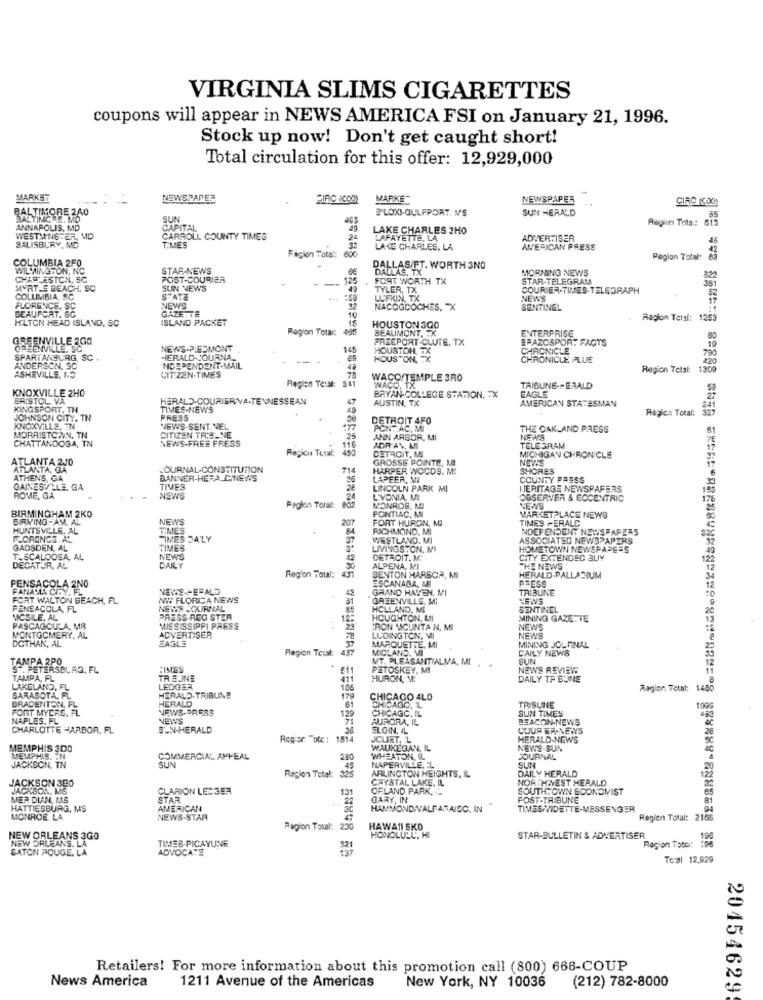
VIRGINIA SLIMS CIGARETTES
coupons will appear in NEWS AMERICA FSI on January 21, 1996.
Stock up now! Don't get caught short!
Total circulation for this offer: 12,929,000
MARKET
EWSPARE
BIRC ICCO)
MARKI
NEWSPAPER
CIRC (CDO)
BALTIMORE 240
BILOXI-GULFPORT. M'S
SUN HERALD
SALTINGRE. MO
SUN
Region Tota: 615
ANNAPOLIS, MD
CAPITAL
LAKE CHARLES 3HO
WESTWING .EL
SALISBURY MD
CARROLL COUNTY TIMES
LAFAY
LAFAYETTE, LA
ADVERTISER
TIMES
LAKE CHARLES, LA
AMERICAN PRESS
COLUMBIA 2FO
Fegion Tots
Region Total: 85
WILMINGTON, NC
STAR-NEWS
DALLAS/FT. WORTH 3NO
DALLAS, TX
MORNING NEWS
CHARLESTON, SC
POST-COURIER
FORT WORTH TX
STAR-TELEGRAM
822
MYRTLE BEACH, SO
SUN NEWS
TYLER, TX
COURIER-TIMES-TELEGRAPH
COLUMBIA SC
STATE
LUFKIN, TX
NEWS
BEAUFORT. SC
FLORENCE, SC
CE. SC
GAZETTE
NEWS
NACOGDOCHES, "X
SENTINEL
HILTON HEAD ISLAND, SC
ISLAND PACKET
Region Teral: 1253
Ragion Total:
HOUSTON 300
BEAUMONT, TX
ENTERPRISE
GREENVILLE 2GO
FREEPORT-CLUTE, TX
EPAZOSPORT FACTS
GREENVILLE, SO
NEWS-PIEDMONT
145
HOUSTON, TX
CHRONICLE
790
SPARTANBURG, SC .
HERALD-JOURNA.
-
HOUSTON, TX
CHRONICLE PLUE
420
ANDERSON, SC
ASHEVILLE, NO
INDEPENDENT-MAIL
Region Total:
1200
CITIZEN-TIMES
Reglen TetMt:
WACO/TEMPLE 3RO
KNOXVILLE 2H0
WACO, TX
TRIBUNE -- EAALD
EAGLE
BRISTOL VA
HERALD-COURIERNA.TENNESSEAN
BRYAN-COLLEGE STATION. TX
AUSTIN, TX
AMERICAN STATESMAN
KINGSPORT, TH
TIMES-NEWS
Regich Total: 327
JOHNSON CITY. TN
PRESS
DETROIT 4FO
KNOXVILLE, TN
NEWS SENT NEL
PONTAC. MI
THE OAKLAND PRESS
MORRISTOWN, TN
CHATTANDOSA, TN
CITIZEN TRE-NE
NEWS-FREE FRESS
ANN ARBOR, MI
NEWS
DETACIT, MI
ADR'AN, MI
TELEGRAM
ATLANTA 200
Regicu Teral:
GROSSE POINTE, NO
MICHIGAN CHRONICLE
NEWS
ATLANTA, GA
JOURNAL-CONSTITUTION
714
HARPER WOCDS. M.
SHORES
ATHENS GA
BANNER-HERA.C.NEWS
LAPEER, MI
COUNTY PRESS
GAINESVILE, GA
TIVES
LINCOLN PARK MI
HERITAGE NEWSPAPERS
ROME, GA
NEWS
L'VONIA, MI
OBSERVER & ECCENTRIC
BIRMINGHAM 2KO
Paglon Torat:
MONROE, MI
PONTIAC, MI
NEWS
BIRMINGHAM. AL
NEWS
FORT HURON, MI
TIMES PERALC
MARKETPLACE NEWS
HUNTSVILLE, AL
TIMES
RICHMOND, MI
NDEFENDENT NEWSPAPERS
F.CRONOS. AL
TIMES DALY
WESTLAND. MI
ASSOCIATED NEWSPAPERS
GADSDEN, AL
TIMES
LIVINGSTON, MI
HOMETOWN NEWSPAPERS
T. SCALOOSA, AL
NEWS
DETROIT. M.
CITY EXTENDED BUY
DECATUR. AL
DAILY
ALPENA, MI
THE NEWS
PENSACOLA 2NO
Region Total:
BENTON HARBOR, MI
ESCANADA, MI
HERALD-PALLADIUM
PRESS
PANAMA CITY,
GRAND HAVEN. MI
TRIBUNE
FORT WALTON BEACH, FL
NW FLORICA NEWS
GREENVILLE, MI
NEWS
PENSACOLA, FL
NEISS JOURNAL
HOLLAND, ME
SENTINEL
MICSILE, AL
PRESS REG STER
HOUGHTON, MIL
MINING GAZE. TE
PASCAGOULA, MS
MISSISSIPPI PRESS
IRON MICUNTA N, MI
NEWS
DOTHAN, AL
MONTGOMERY. AL
EAGLE
ADVERTISER
LUDINGTON, MI
NEWS
437
MARQUETTE. MI
MIDLAND, VI
MINING JOURNAL
DAILY NEWS
TAMPA 2PO
Region Tet:
MT. PLEASANT/ALMA, MI
SUN
ST. PETERSBURG. FL.
FIMES
PETOSKEY. MI
NEWS REVIEWS
TAMPA, FL
TR.BUINE
HURON, M.
DAILY TF BUINE
LAKELAND, FL
LEDGER
106
Ragion. Total: 148
SARASOTA, FL
BRADENTON, FL
HERALD
HERALD TRIBUNE
179
CHICAGO 4LO
TRISUNE
FORT MYDRE, FL
NEWS-PRESS
139
CHICAGO, 1
CHICAGO, IL
SUN TIMES
NAPLES. FL
NEWS
AURORA, IL
BEACON-NEWS
CHARLOTTE HARBOR, FL
SUN-HERALD
ELGIN, IL
COUR ER-NEWS
Regler "ofc : 1514
JCURT, L
HERALD-NEWS
MEMPHIS 3D0
WAUKEGAN, IL
NEWS-SUN
MEMPHIS. EN
JACKSON, TN
COMMERCIAL APPEAL
SUM
280
WHEATON, IL
JOURNAL
NAPERVILLE. EL
ARLINGTON HEIGHTS, IL
DAILY HERALD
SUN
JACKSON 3E0
Ragion Total:
325
CRYSTAL LAKE. IL
NORTHWEST HERALD
JACKSON, MS
CLARION LESSER
OFLAND PARK,
SOUTH:OWN ECONOMIST
MER DIAN, MAS
STAR
GARY, IN
POST-TRIBUNE
HATTIESBURG, MS
AMERICAN
HAMMOND/VALPARAISO, IN"
MONROE LA
NEWS-STAR
Regien Total: 2165
Ragion Total:
230
HAWAII SKO
NEW ORLEANS 3GO
NEW ORLEANS. LA
TIMES PICAYUNE
HONOLULU, HI
STAR-BULLETIN & ADVERTISER
BATON POUGE. LA
ADVOCATE
Region Toto: 19
To:al 12,829
Retailers! For more information about this promotion call (800) 666-COUP
News America
1211 Avenue of the Americas
New York, NY 10036
(212) 782-8000
20454629